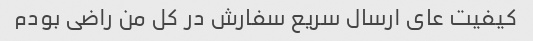
کیفیت عای ارسال سریع سفارش در کل من راضی بودم